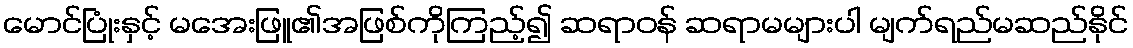
မောင်ပြုံးနှင့် မအေးဖြူ၏အဖြစ်ကိုကြည့်၍ ဆရာဝန် ဆရာမများပါ မျက်ရည်မဆည်နိုင်